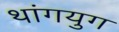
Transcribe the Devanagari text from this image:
थांगयुग